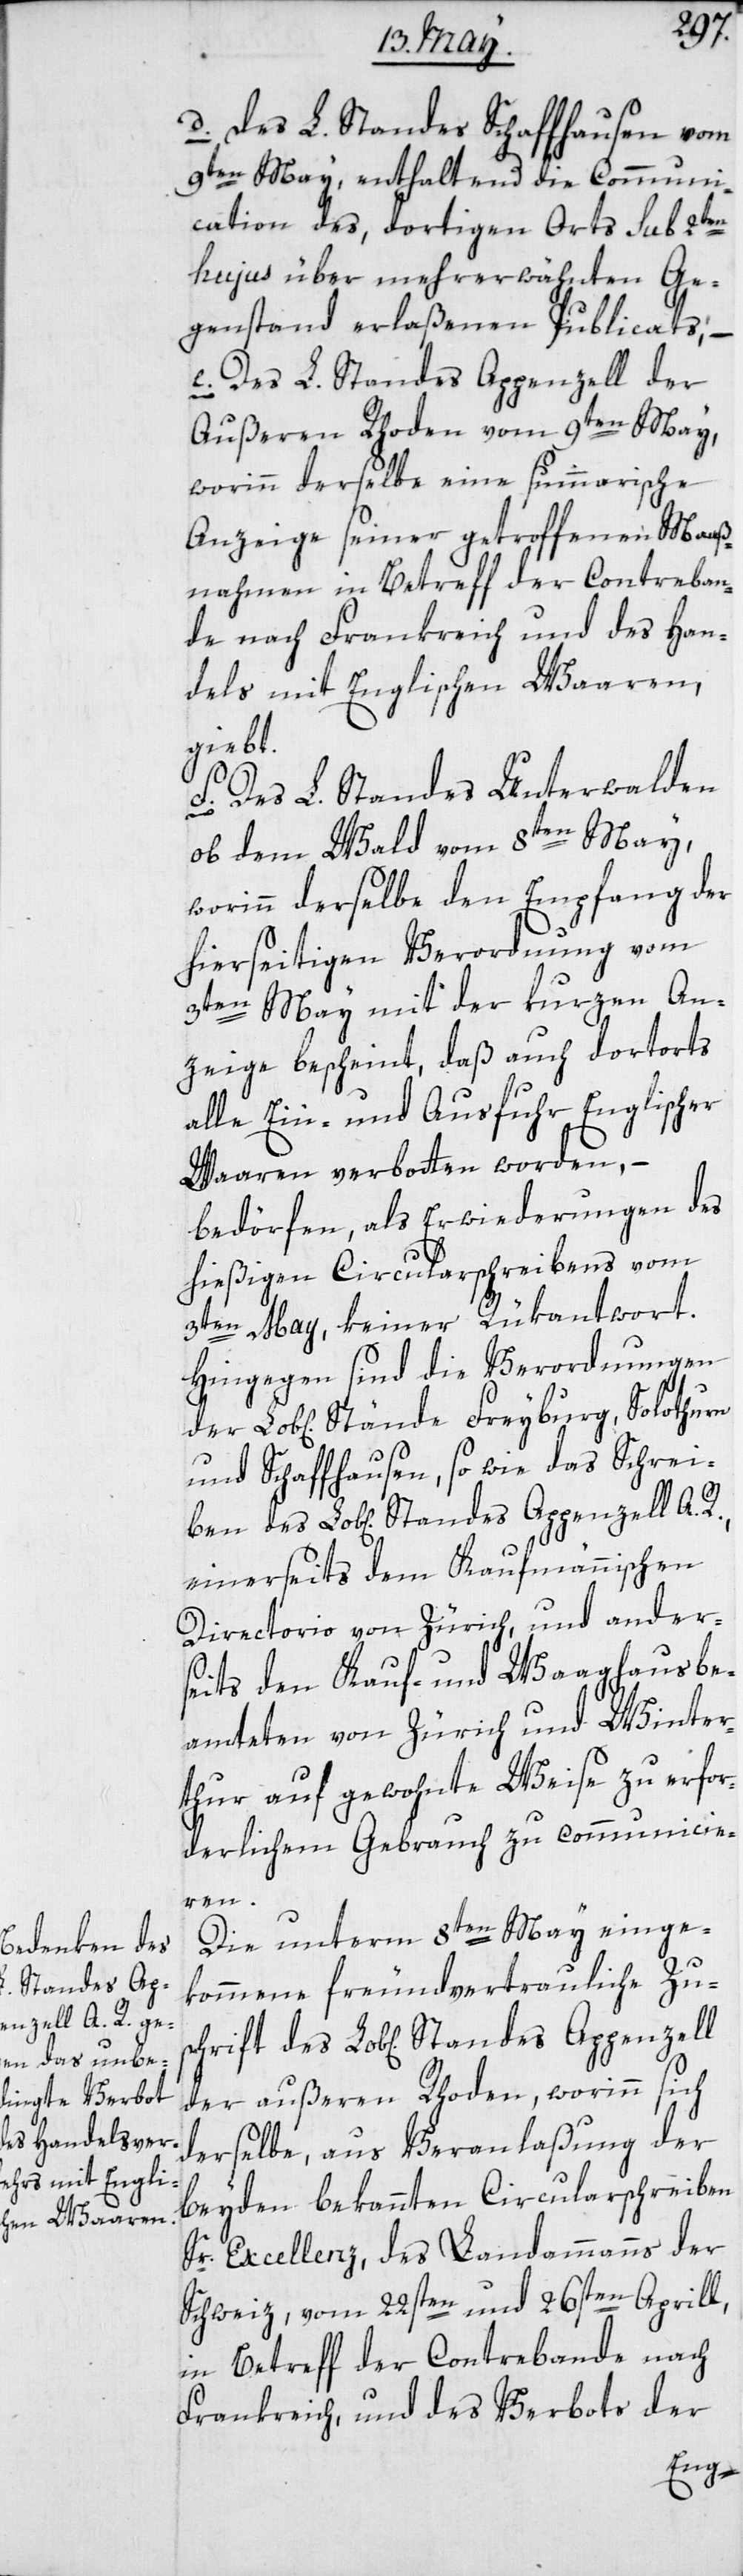
Standes Ap¬
penzell A. R., e¬

d) des L. Standes Schaffhausen vom
9ten May, enthaltend die Communi¬
cation des dortigen Orts sub 2ten
hujus über mehrerwähnten Ge¬
genstand erlaßenen Publicats, –
e) Des L. Standes Appenzell der
Außeren Rhoden vom 9ten May,
worinn derselbe eine summarische
Anzeige seiner getroffenen Maaß¬
nahmen in Betreff der Contrebasn¬
de nach Frankreich und des Han¬
dels mit Englischen Waaren
gibt,
f) Des L. Standes Unterwalden
ob dem Wald vom 8ten May,
worinn derselbe den Empfang der
hierseitigen Verordnung vom
3ten May mit der kurzen An¬
zeige bescheint, daß auch dortorts
alle Ein- und Ausfuhr Englischer
Waaren verbotten worden, –
bedörfen als Erwiderungen des
hießigen Circularschreibens vom
3ten May keiner Rükantwort.
Hingegen sind die Verordnungen
und Schaffhausen sowie das Schrei¬
inerseits dem Kaufmännischen
Directorio von Zürich, und ander¬
seits den Kauf- und Waaghausbe¬
amteten von Zürich und Winter¬
thur auf gewohnte Weise zu erfor¬
derlichem Gebrauch zu communicie¬
ren.
Die unterm 8ten May einge¬
kommene freundvertrauliche Zus¬
der außeren Rhoden, worinn sich
derselbe, aus Veranlaßung der
beyden bekannten Circularschreiben
Sr. Excellenz, des Landammanns der
Schweiz, vom 22sten und 26sten Aprill,
in Betreff der Contrebande nach
Frankreich, und des Verbots der
penzell